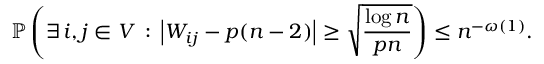
\mathbb { P } \left( \exists \, i , j \in V \, : \, \left| W _ { i j } - p ( n - 2 ) \right| \ge \sqrt { \frac { \log n } { p n } } \right) \le n ^ { - \omega ( 1 ) } .